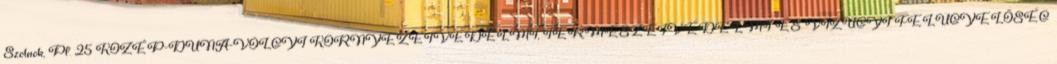
Szolnok, Pf. 25 KÖZÉP-DUNA-VÖLGYI KÖRNYEZETVÉDELMI, TERMÉSZETVÉDELMI ÉS VÍZÜGYI FELÜGYELŐSÉG